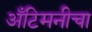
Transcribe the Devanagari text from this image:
अँटिमनीचा